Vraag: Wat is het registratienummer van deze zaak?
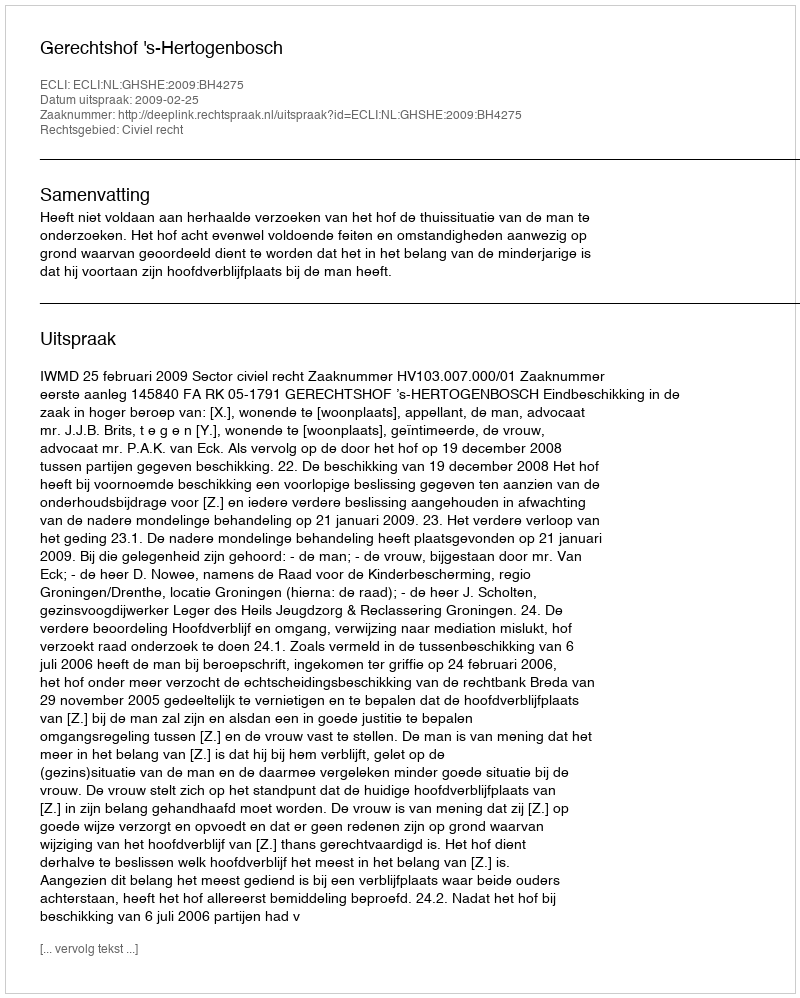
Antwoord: http://deeplink.rechtspraak.nl/uitspraak?id=ECLI:NL:GHSHE:2009:BH4275